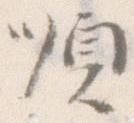
順